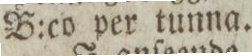
B:co per tunna.